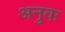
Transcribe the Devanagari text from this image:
अनुवः